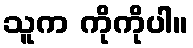
သူက ကိုကိုပါ။